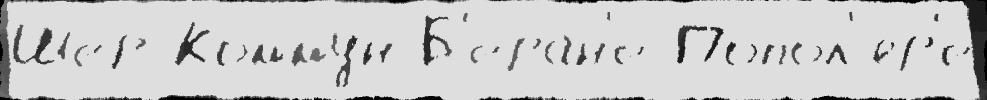
Шер Комму́н Б'еран'е Попол'яр'е